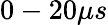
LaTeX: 0-20\mu s